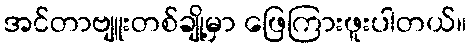
အင်တာဗျူးတစ်ချို့မှာ ဖြေကြားဖူးပါတယ်။